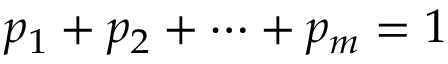
p _ { 1 } + p _ { 2 } + \cdots + p _ { m } = 1